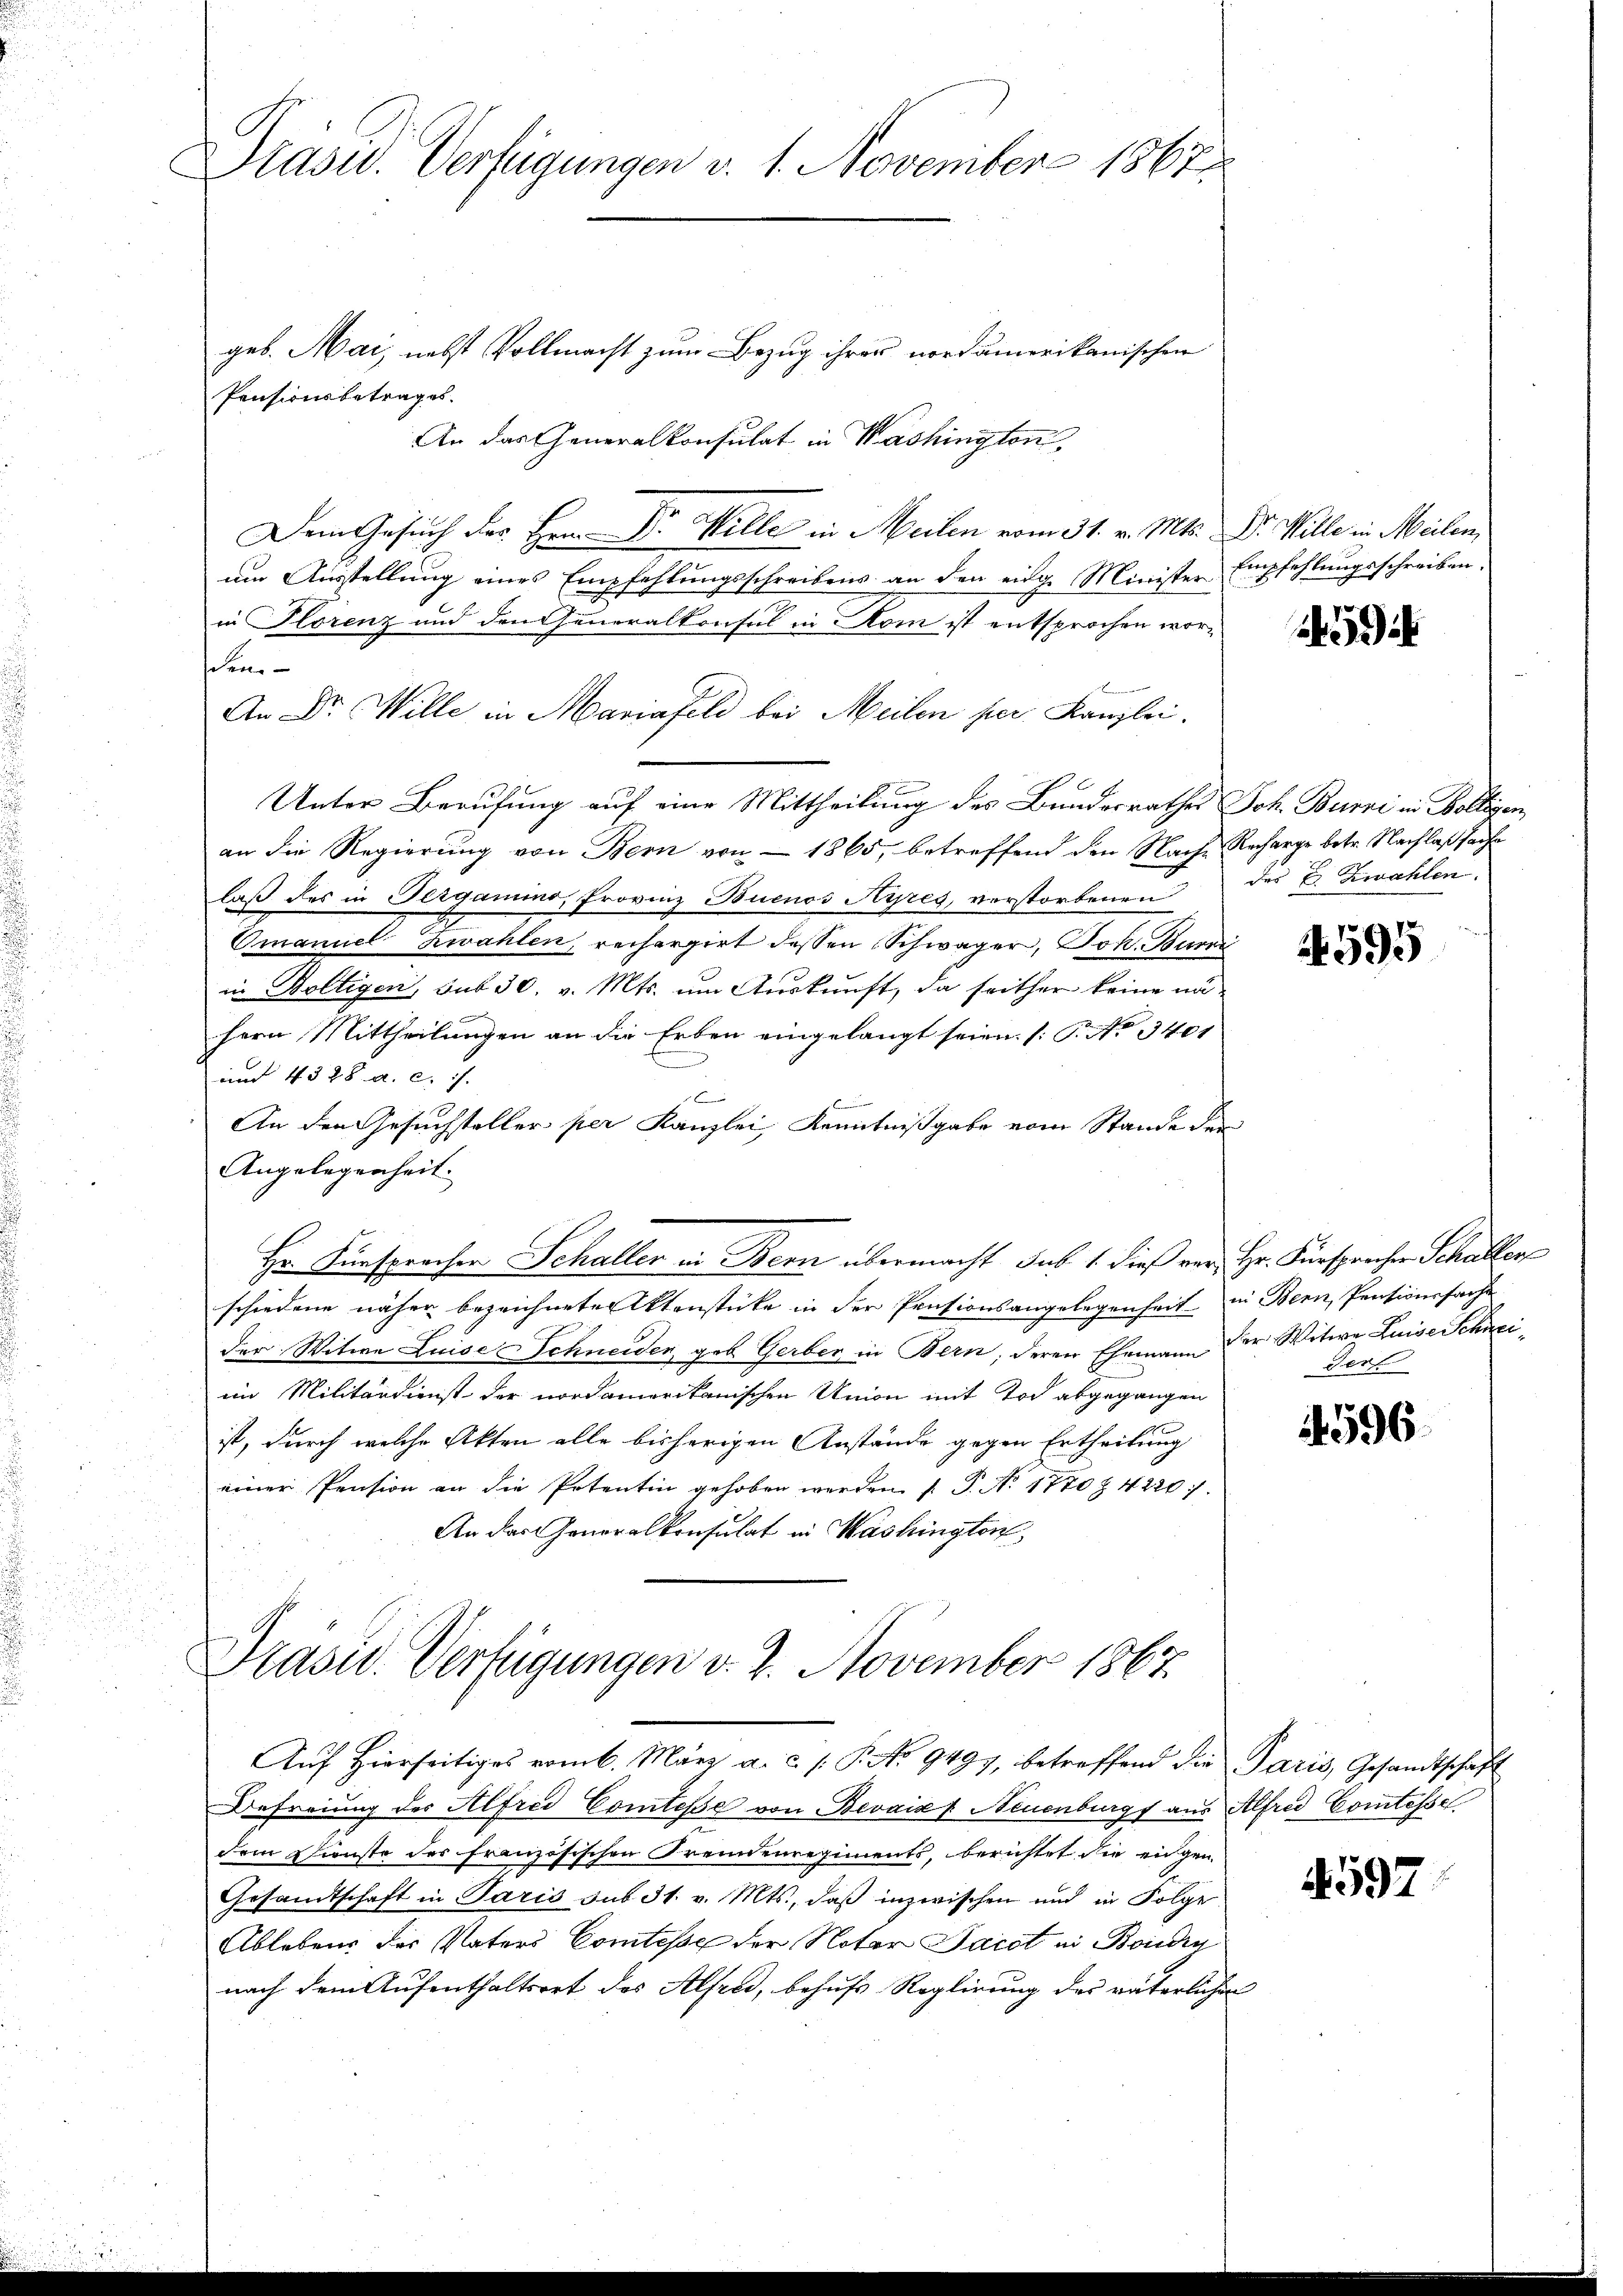
Präsid. Verfügungen v. 1. November 1867.

geb. Mai, nebst Vollmacht zum Bezug ihrer nordamerikanischen
Pensionsbetrages.
An das Generalkonsulat in Washington,
Dem Gesuch der Hrrn. Dr. Wille in Meilen vom 31. v. Mts. Dr. Wille in Meilen
um Ausstellung eines Empfehlungsschreibens an den eidge Minister Empfehlungsschreiben.
in Florenz und den Generalkonsul in Rom ist entsprochen worscen
An Dr. Wille in Mariafeld bei Meilen per Kanzlei.
Unter Berufung auf eine Mittheilung des Bundesrathes Joh. Burri in Bolligen,
an die Regierung von Bern von 1865, betreffend den Nache Recharge betr. Nachlaßsache
laß des in Gergamino, Provinz Buenos Ayres, verstorbenen des B. Zwahlen,
OmanuelZwahlen, rechargirt dessen Schwager, Joh. Burri
in Boltigen, sub 30. v. Mts. um Auskunft, da seither keine nä-
hern Mittheilungen an die Erben eingelangt seien. (T. No 3401
und 4328. a. c. /.
n
An den Gesuchsteller per Kanzlei, Kenntnißgabe vom Stande der
Angelegenheit.
Hr. Fürsprochen Schaller in Bern übermacht sub 1. dieß vor Hr. Fürsprechen Schaller
schiedene näher bezeichnetentenstücke in der Pensionsangelegenheit in Bern, Pensionssache
der Witwe Luise Schneiden, geb. Gerber in Bern, deren Ehemann der Witwe Luise Schneiim Militärdienst der nordamerikanischen Union mit Tod abgegangen
ist, durch welche Akten alle bisherigen Anstände gegen Ertheilung
einer Pension an die Potentin gehoben werden P. No 1770 § 42207.
An das Generalkonsulat in Washington,

Prasid. Verfügungen v. 2. November 1867

Aŭf Hierseitiges vom 6. März a. c. /. P. No 9497, betreffend die Paris, Gesandtschaft
Befreiung des Alfred Comtesse von Bevais f Neuenburgs aus Alfred Comtesse
dem Dienste des französischen Fremdenregiments, berichtet die eingen
Gesandtschaft in Paris sub 31. v. Mts., daß inzwischen und in Folge
Ablebens der Vaters Comtesse der Notar Jacot in Bondig
nach dem Aufenthaltsort des Alfred, behufs Reglirung des väterlichen

595

Jerf

596.

4597